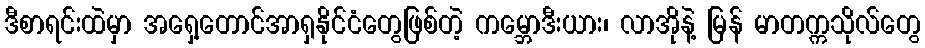
ဒီစာရင်းထဲမှာ အရှေ့တောင်အာရှနိုင်ငံတွေဖြစ်တဲ့ ကမ္ဘောဒီးယား၊ လာအိုနဲ့ မြန် မာတက္ကသိုလ်တွေ